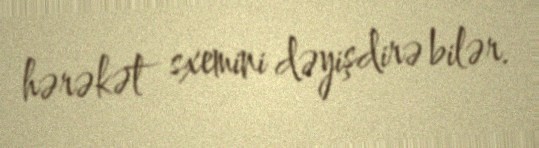
hərəkət sxemini dəyişdirə bilər.